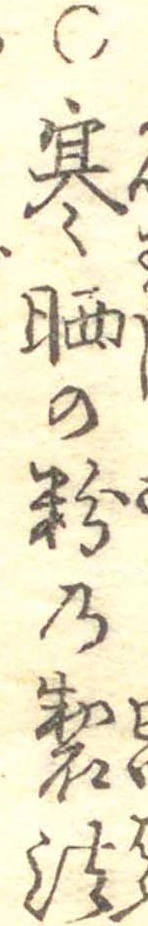
○寒晒の粉の製法